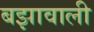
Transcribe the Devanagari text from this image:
बझावाली